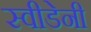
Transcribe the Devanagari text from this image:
स्वीडेनी